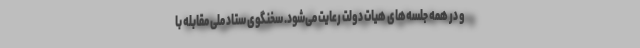
و در همه جلسه‌های هیات دولت رعایت می‌شود. سخنگوی ستاد ملی مقابله با